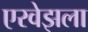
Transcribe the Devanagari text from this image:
एरवेझला